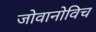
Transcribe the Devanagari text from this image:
जोवानोविच